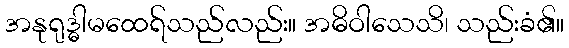
အနုရုဒ္ဓါမထေရ်သည်လည်း။ အဓိဝါသေသိ၊ သည်းခံ၏။